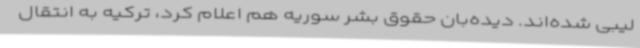
لیبی شده‌اند. دیده‌بان حقوق بشر سوریه هم اعلام کرد، ترکیه به انتقال